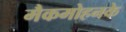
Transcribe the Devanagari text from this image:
मैकमोहनके